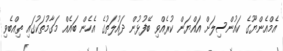
އެމްއެންޔޫގެ ކައުންސިލަށް އައްޔަން ކުރެއްވި ބޭފުޅުން ދައުލަތުގެ އެހެން ބައެއް މަގާމުތަކުގައި ތިއްބެވި